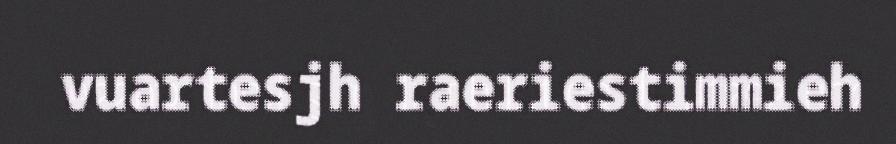
vuartesjh raeriestimmieh